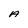
Character: A